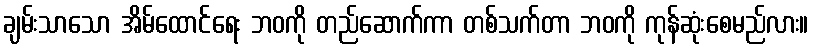
ချမ်းသာသော အိမ်ထောင်ရေး ဘဝကို တည်ဆောက်ကာ တစ်သက်တာ ဘဝကို ကုန်ဆုံးစေမည်လား။